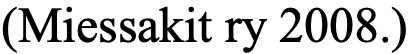
(Miessakit ry 2008.)